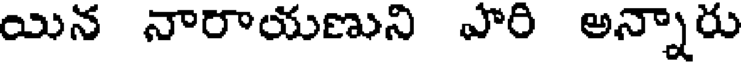
యిన నారాయణుని వారి అన్నారు